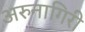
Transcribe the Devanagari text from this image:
अरुनागिरी